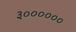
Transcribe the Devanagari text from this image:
३००००००